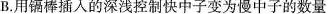
B. 用镉棒插入的深浅控制快中子变为慢中子的数量